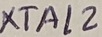
Text: XTAL2